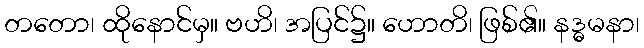
တတော၊ ထိုနောင်မှ။ ဗဟိ၊ အပြင်၌။ ဟောတိ၊ ဖြစ်၏။ နဒ္ဓမနာ၊